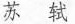
苏 轼